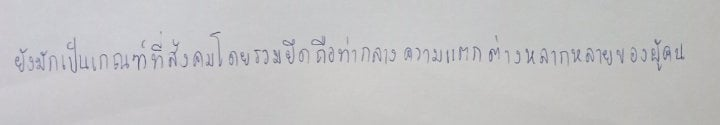
ยังมักเป็นเกณฑ์ที่สังคมโดยรวมยึดถือท่ามกลางความแตกต่างหลากหลายของผู้คน